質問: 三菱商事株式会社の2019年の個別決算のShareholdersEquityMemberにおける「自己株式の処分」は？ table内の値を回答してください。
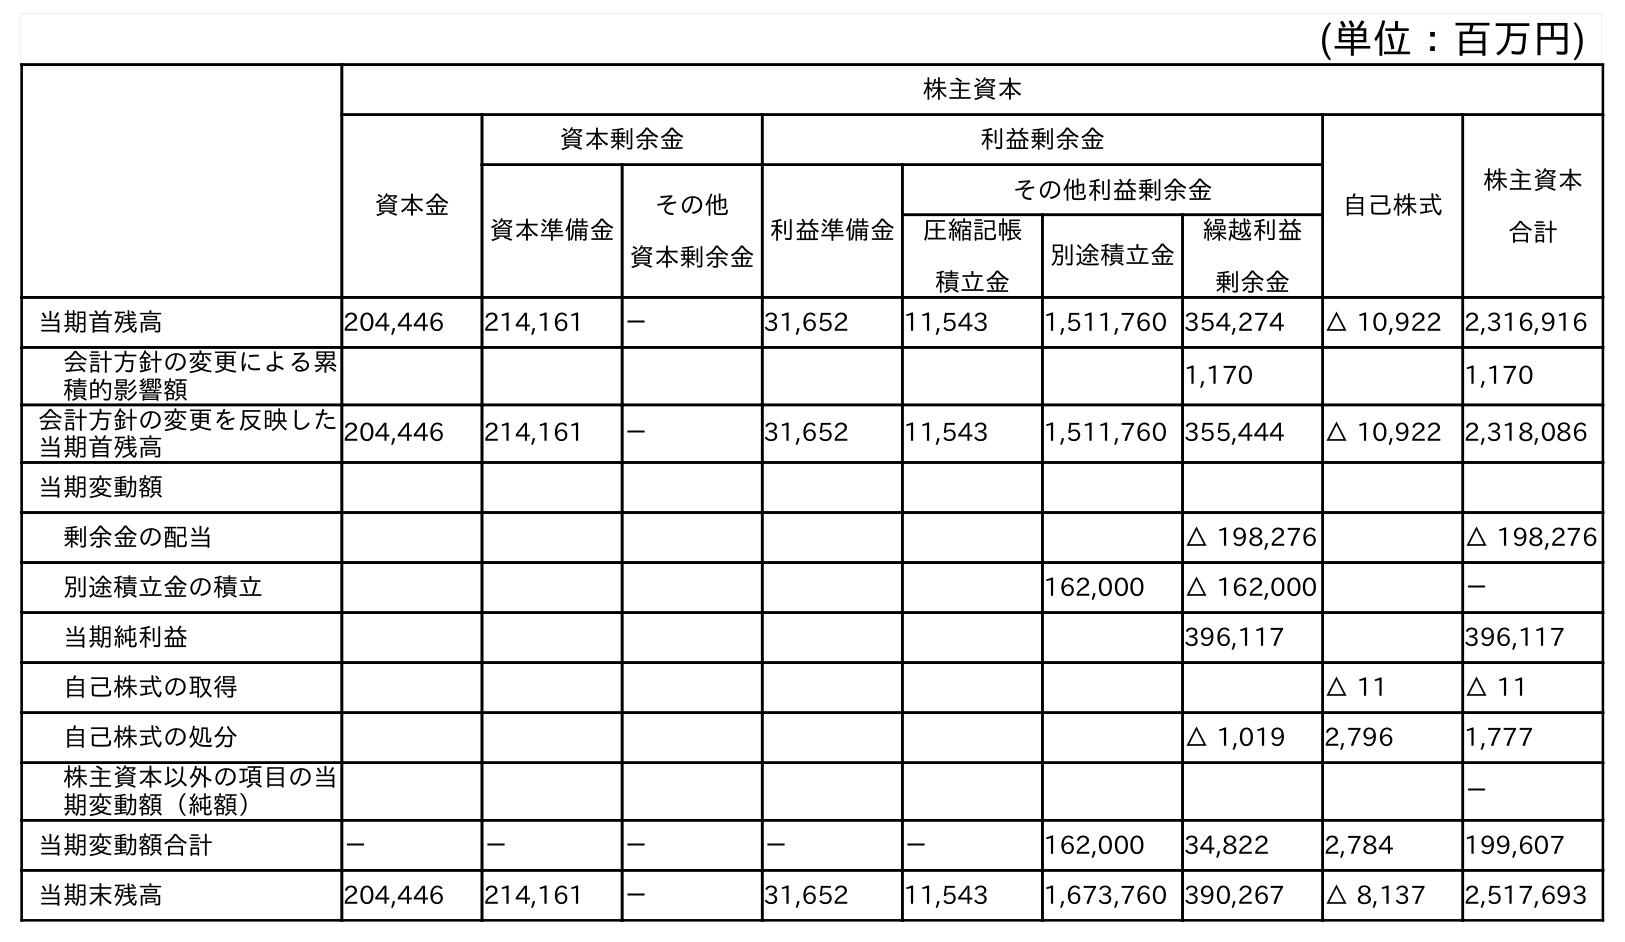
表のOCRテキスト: (単位：百万円) 株主資本 資本金 資本剰余金 利益剰余金 自己株式 株主資本 合計 資本準備金 その他 資本剰余金 利益準備金 その他利益剰余金 圧縮記帳 積立金 別途積立金 繰越利益 剰余金 当期首残高 204,446 214,161 － 31,652 11,543 1,511,760 354,274 △ 10,922 2,316,916 会計方針の変更による累 積的影響額 1,170 1,170 会計方針の変更を反映した 当期首残高 204,446 214,161 － 31,652 11,543 1,511,760 355,444 △ 10,922 2,318,086 当期変動額 剰余金の配当 △ 198,276 △ 198,276 別途積立金の積立 162,000 △ 162,000 － 当期純利益 396,117 396,117 自己株式の取得 △ 11 △ 11 自己株式の処分 △ 1,019 2,796 1,777 株主資本以外の項目の当 期変動額（純額） － 当期変動額合計 － － － － － 162,000 34,822 2,784 199,607 当期末残高 204,446 214,161 － 31,652 11,543 1,673,760 390,267 △ 8,137 2,517,693
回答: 1,777